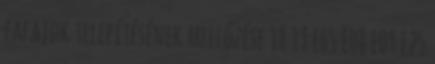
fafajok telepítésének mellőzése 18 19 E65 E08 E09 E25